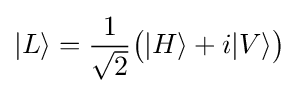
|L\rangle ={\frac {1}{\sqrt {2}}}{\big (}|H\rangle +i|V\rangle {\big )}